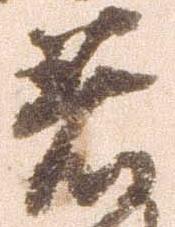
着